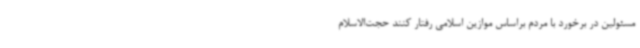
مسئولین در برخورد با مردم براساس موازین اسلامی رفتار کنند حجت‌الاسلام